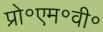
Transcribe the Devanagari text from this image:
प्रो॰एम॰वी॰